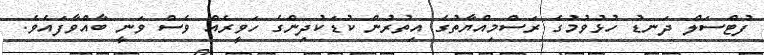
ފުޓްސަލް ދަނޑު ހުޅުވުމުގެ ރަސްމިއްޔާތުގެ އިތުރުން ކުޑަކުދިންގެ ހަވީރެއް ވެސް ވަނީ ބާއްވާފައެވެ.